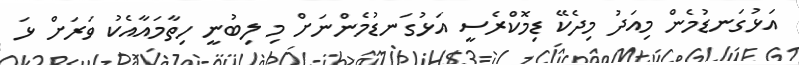
އަޅުގަނޑުމެން މިއަދު މިދެކޭ ޑިމޮކްރެސީ އަޅުގަނޑުމެންނަށް މި ލިބުނީ ހިތާމައާއެކު ވަރަށް ޅަ